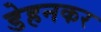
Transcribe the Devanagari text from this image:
डेहनकर